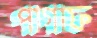
পাগাফ